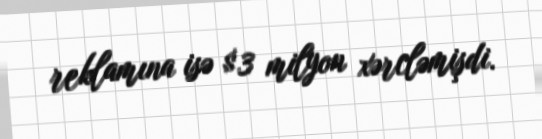
reklamına isə $3 milyon xərcləmişdi.